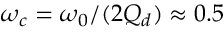
\omega _ { c } = \omega _ { 0 } / ( 2 Q _ { d } ) \approx 0 . 5